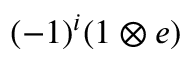
( - 1 ) ^ { i } ( 1 \otimes e )